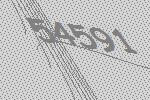
54591